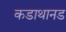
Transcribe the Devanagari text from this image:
कडाथानड